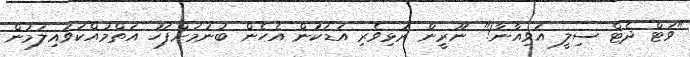
"ވަޓް ދެޓް ސިލީ އަވިއާނާ!" ނޫރީން ރުޅިވެރި އަޑަކުން އެހެން ބުނުމަށްފަހު އަތްމުއްކަވައިލަމުން